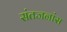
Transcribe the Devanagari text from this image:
संतजनांस